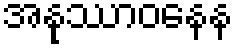
အနုဿာဝနေန